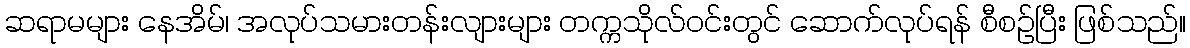
ဆရာမများ နေအိမ်၊ အလုပ်သမားတန်းလျားများ တက္ကသိုလ်ဝင်းတွင် ဆောက်လုပ်ရန် စီစဉ်ပြီး ဖြစ်သည်။